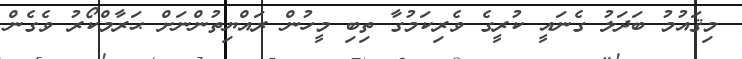
މިޤައުމު ބަދަލު ގެނައީ ކުރީގެ ވެރިކަމުގާ ތިބި މީހުން ރައްޔިތުންނަށް ޙަރާމްކޯރު ވެގެން